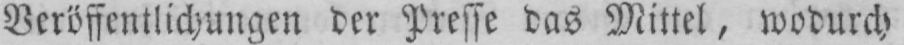
Veröffentlichungen der Presse das Mittel, wodurch